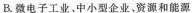
B.微电子工业。中小型企业。资源和能源